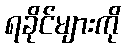
ရခိုင်များကို